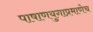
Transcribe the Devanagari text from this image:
पाषाणयुगाप्रमाणेच